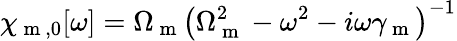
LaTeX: \chi_{\mathrm{~m~},0}[\omega]=\Omega_{\mathrm{~m~}}\left(\Omega_{\mathrm{~m~}}^{2}-\omega^{2}-i\omega\gamma_{\mathrm{~m~}}\right)^{-1}